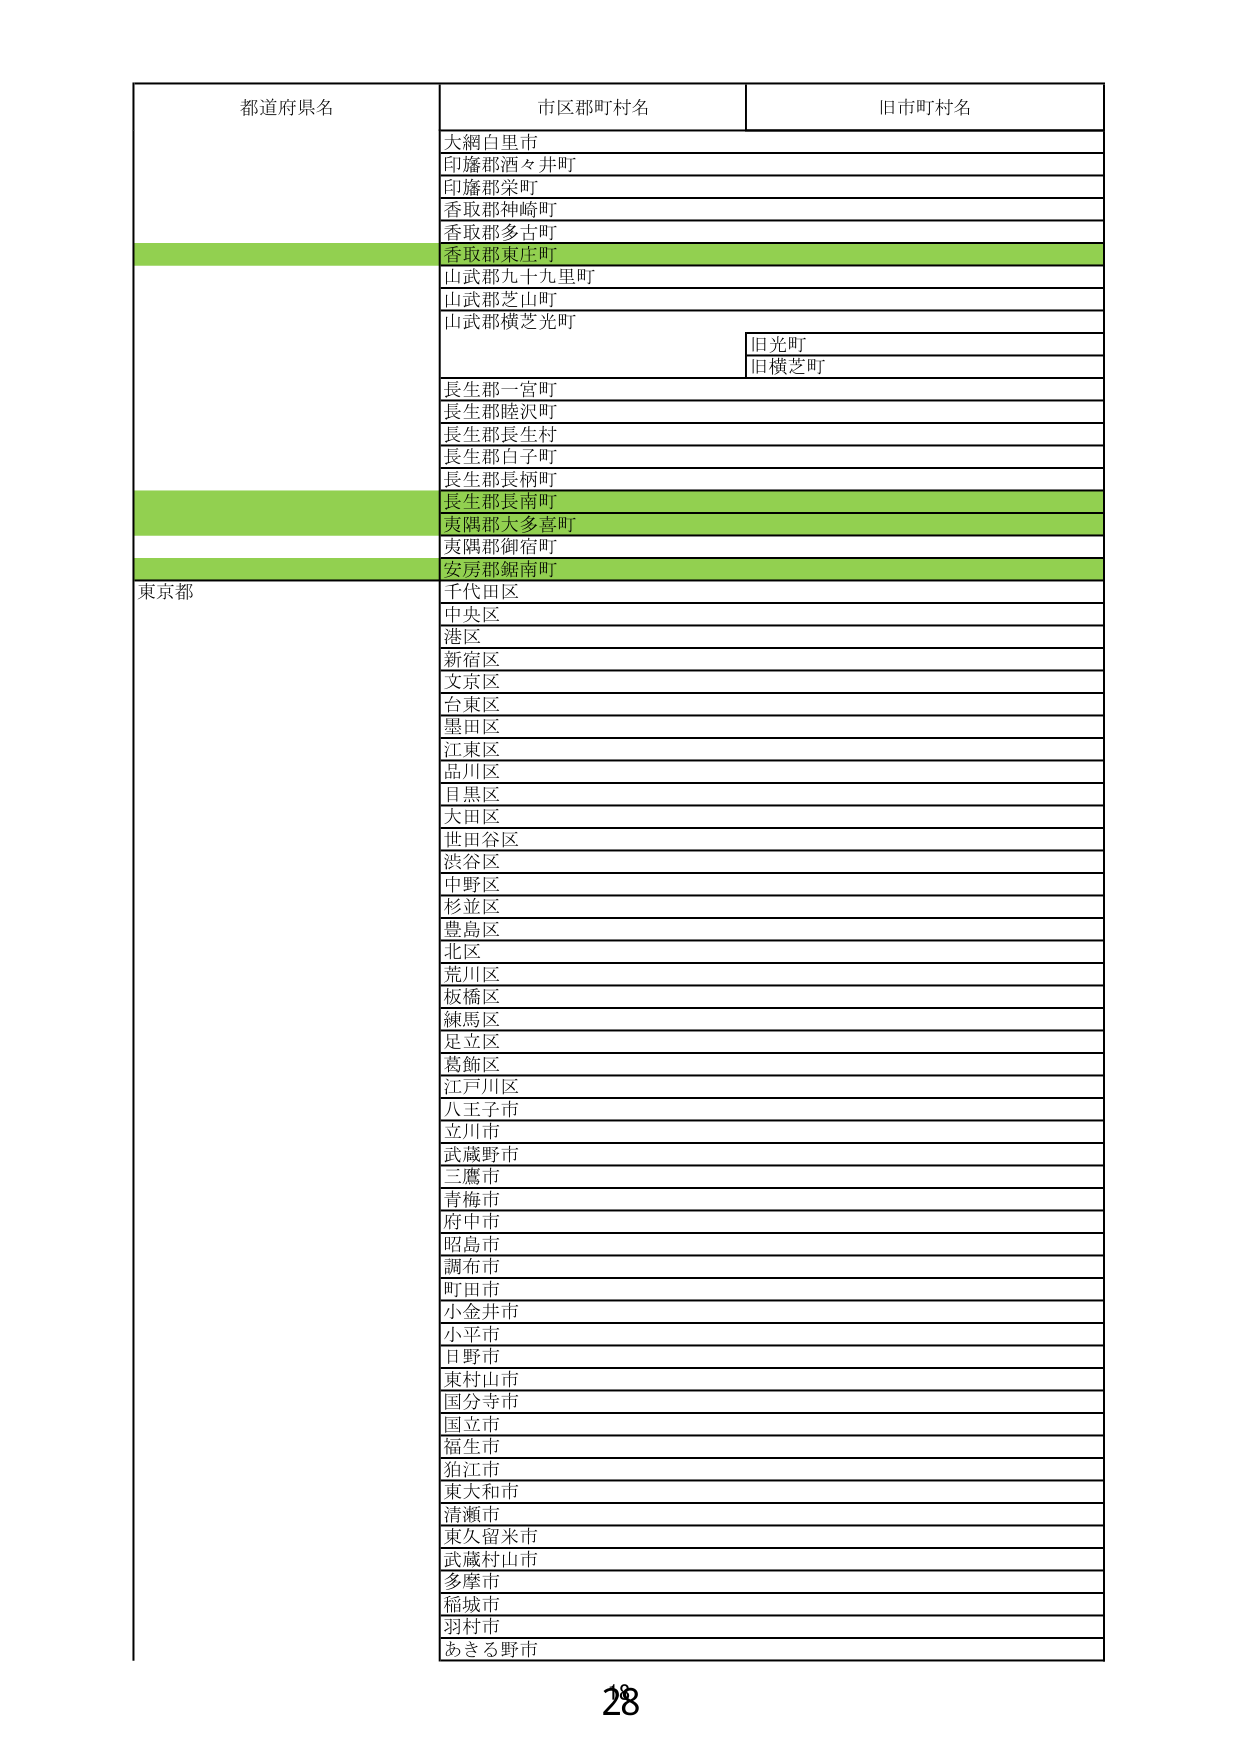
都道府県名 市区郡町村名 旧市町村名
大網白里市
印旛郡酒々井町
印旛郡栄町
香取郡神崎町
香取郡多古町
香取郡東庄町
山武郡九十九里町
山武郡芝山町
山武郡横芝光町
旧光町
旧横芝町
長生郡一宮町
長生郡睦沢町
長生郡長生村
長生郡白子町
長生郡長柄町
長生郡長南町
夷隅郡大多喜町
夷隅郡御宿町
安房郡鋸南町
東京都
千代田区
中央区
港区
新宿区
文京区
台東区
墨田区
江東区
品川区
目黒区
大田区
世田谷区
渋谷区
中野区
杉並区
豊島区
北区
荒川区
板橋区
練馬区
足立区
葛飾区
江戸川区
八王子市
立川市
武蔵野市
三鷹市
青梅市
府中市
昭島市
調布市
町田市
小金井市
小平市
日野市
東村山市
国分寺市
国立市
福生市
狛江市
東大和市
清瀬市
東久留米市
武蔵村山市
多摩市
稲城市
羽村市
あきる野市
28